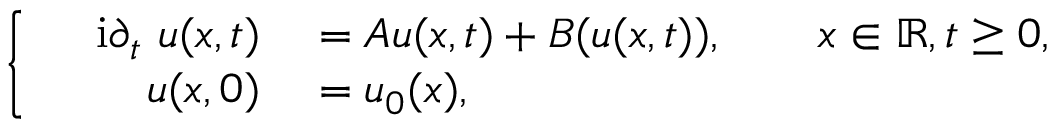
\left\{ \quad \begin{array} { r l } { \mathrm { i } \partial _ { t } \ u ( x , t ) } & { { } = A u ( x , t ) + B ( u ( x , t ) ) , \qquad x \in \mathbb { R } , t \geq 0 , } \\ { u ( x , 0 ) } & { { } = u _ { 0 } ( x ) , } \end{array} \right.